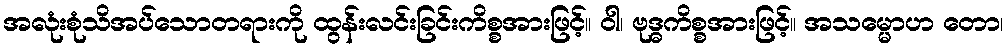
အလုံးစုံသိအပ်သောတရားကို ထွန်းလင်းခြင်းကိစ္စအားဖြင့်။ ဝါ၊ ဗုဒ္ဓကိစ္စအားဖြင့်။ အသမ္မောဟ တော၊